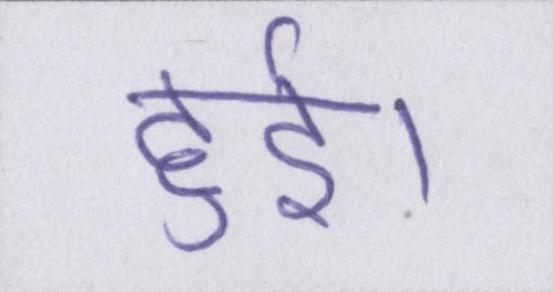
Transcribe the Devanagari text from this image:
हुईं।